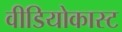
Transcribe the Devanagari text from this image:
वीडियोकास्ट